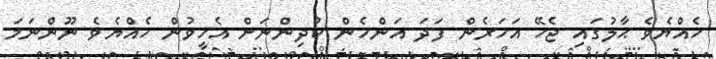
ހެއްޔެވެ ޙާލުގައި ޖެހޭ އަހަރެން ފަދަ އަންހެން ކުދިންނަށް އެހީވުން ހެއްޔެވެ ނޫންނަމަ